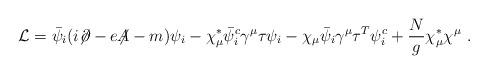
LaTeX: \begin{align*}{\cal L} = \bar{\psi}_i(i{\not\!\partial}-e{\not\!\!A}-m)\psi_i - \chi^*_\mu \bar{\psi}^c_i\gamma^\mu\tau\psi_i - \chi_\mu \bar{\psi}_i \gamma^\mu\tau^T \psi^c_i + \frac{N}{g} \chi^*_\mu \chi^\mu ~.\end{align*}